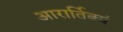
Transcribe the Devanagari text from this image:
आरार्तिक्यं